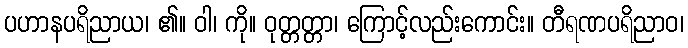
ပဟာနပရိညာယ၊ ၏။ ဝါ၊ ကို။ ဝုတ္တတ္တာ၊ ကြောင့်လည်းကောင်း။ တီရဏပရိညာဝ၊